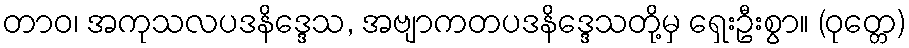
တာဝ၊ အကုသလပဒနိဒ္ဒေသ, အဗျာကတပဒနိဒ္ဒေသတို့မှ ရှေးဦးစွာ။ (ဝုတ္တေ)